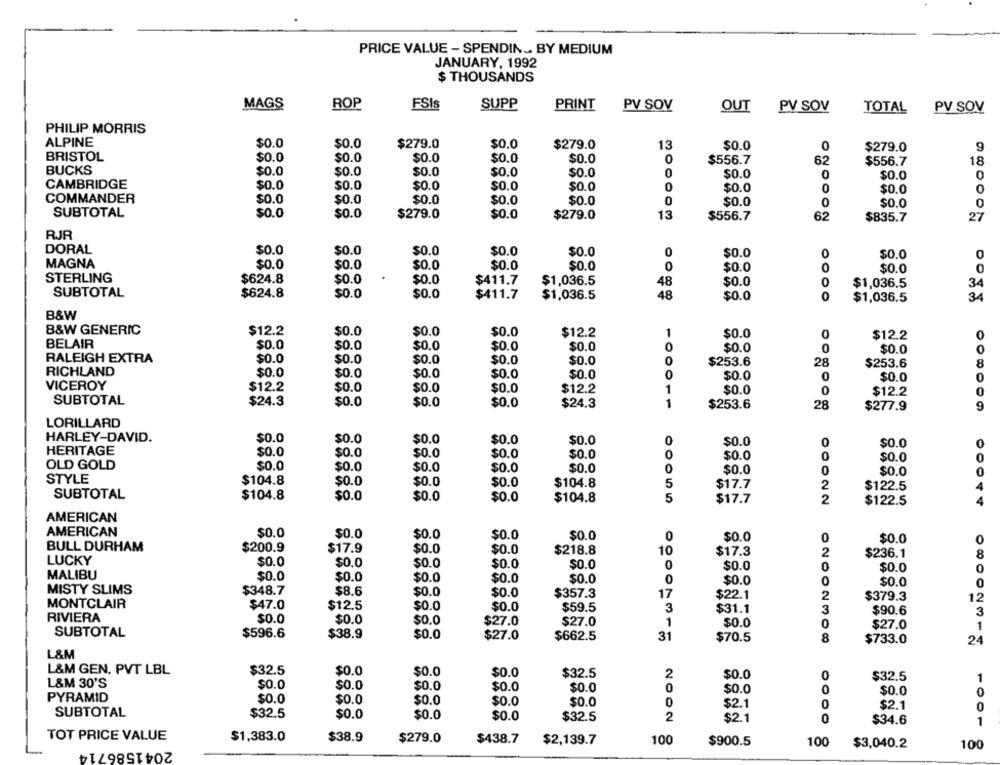
PRICE VALUE - SPENDIN. BY MEDIUM
JANUARY, 1992
$ THOUSANDS
MAGS
ROP
FSIs
SUPP
PRINT
PV SOV
OUT
PV SOV
TOTAL
PV SOV
PHILIP MORRIS
ALPINE
$0.0
$0.0
$279.0
$0.0
$279.0
13
$0.0
0
$279.0
9
BRISTOL
$0.0
$0.0
$0.0
$0.0
$0.0
0
$556.7
$556.7
62
18
BUCKS
$0.0
$0.0
$0.0
$0.0
$0.0
0
$0.0
0
$0.0
0
CAMBRIDGE
$0.0
$0.0
$0.0
$0.0
$0.0
0
$0.0
0
$0.0
0
COMMANDER
$0.0
$0.0
$0.0
0
$0.0
$0.0
$0.0
$0.0
0
SUBTOTAL
$0.0
$0.0
$279.0
$0.0
$279.0
13
$556.7
62
$835.7
27
RJR
DORAL
$0.0
$0.0
$0.0
$0.0
$0.0
0
$0.0
0
$0.0
MAGNA
$0.0
$0.0
$0.0
$0.0
$0.0
$0.0
0
$0.0
0
STERLING
$624.8
$0.0
$0.0
$411.7
$1,036.5
48
$0.0
0
$1,036.5
34
SUBTOTAL
$624.8
$0.0
$0.0
$411.7
$1,036.5
48
$0.0
0
$1,036.5
34
B&W
B&W GENERIC
$12.2
$0.0
$0.0
$0.0
$12.2
1
$0.0
0
$12.2
0
BELAIR
$0.0
$0.0
$0.0
$0.0
$0.0
0
$0.0
0
$0.0
0
RALEIGH EXTRA
$0.0
$0.0
$0.0
$0.0
$0.0
0
$253.6
28
$253.6
8
RICHLAND
$0.0
$0.0
$0.0
$0.0
$0.0
0
$0.0
0
$0.0
0
VICEROY
$12.2
$0.0
$0.0
$0.0
$12.2
1
$0.0
0
$12.2
0
SUBTOTAL
$24.3
$0.0
$0.0
$0.0
$24.3
1
$253.6
28
9
$277.9
LORILLARD
HARLEY-DAVID.
$0.0
$0.0
$0.0
$0.0
$0.0
0
$0.0
0
$0.0
HERITAGE
$0.0
$0.0
$0.0
$0.0
$0.0
0
$0.0
0
$0.0
0
OLD GOLD
$0.0
$0.0
$0.0
$0.0
$0.0
0
$0.0
0
$0.0
0
STYLE
$104.8
$0.0
$0.0
$0.0
$104.8
5
$17.7
2
$122.5
4
SUBTOTAL
$104.8
$0.0
$0.0
$0.0
5
$104.8
$17.7
$122.5
4
AMERICAN
AMERICAN
$0.0
$0.0
$0.0
$0.0
$0.0
0
$0.0
0
$0.0
0
BULL DURHAM
$200.9
$17.9
$0.0
$0.0
$218.8
10
$17.3
2
$236.1
8
LUCKY
$0.0
$0.0
$0.0
$0.0
$0.0
0
$0.0
0
MALIBU
$0.0
0
$0.0
$0.0
$0.0
$0.0
$0.0
0
$0.0
0
MISTY SLIMS
$0.0
0
$348.7
$8.6
$0.0
$0.0
$357.3
17
$22.1
2
$379.3
MONTCLAIR
12
$47.0
$12.5
$0.0
$0.0
$59.5
3
$31.1
3
$90.6
3
RIVIERA
$0.0
$0.0
$0.0
$27.0
$27.0
1
$0.0
0
$27.0
1
SUBTOTAL
$596.6
$38.9
$0.0
$662.5
31
$27.0
$70.5
8
$733.0
24
L&M
L&M GEN. PVT LBL
$32.5
$0.0
$0.0
$0.0
$32.5
2
$0.0
$32.5
1
L&M 30'S
$0.0
$0.0
$0.0
$0.0
$0.0
0
$0.0
0
$0.0
O
PYRAMID
$0.0
$0.0
$0.0
$0.0
$0.0
$2.1
0
$2.1
0
SUBTOTAL
$32.5
$0.0
$0.0
$0.0
$32.5
2
$2.1
0
$34.6
1
TOT PRICE VALUE
2041586714
$1,383.0
$38.9
$279.0
$438.7
$2,139.7
100
$900.5
100
$3,040.2
100